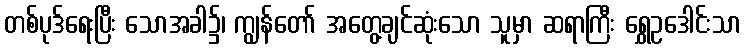
တစ်ပုဒ်ရေးပြီး သောအခါ၌၊ ကျွန်တော် အတွေ့ချင်ဆုံးသော သူမှာ ဆရာကြီး ရွှေဥဒေါင်းသာ